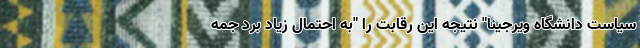
سیاست دانشگاه ویرجینا" نتیجه این رقابت را "به احتمال زیاد برد جمه